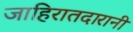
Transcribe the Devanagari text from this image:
जाहिरातदारानी